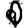
Digit: 0